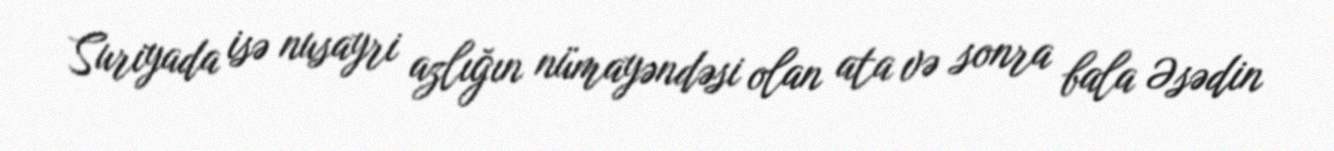
Suriyada isə nusayri azlığın nümayəndəsi olan ata və sonra bala Əsədin